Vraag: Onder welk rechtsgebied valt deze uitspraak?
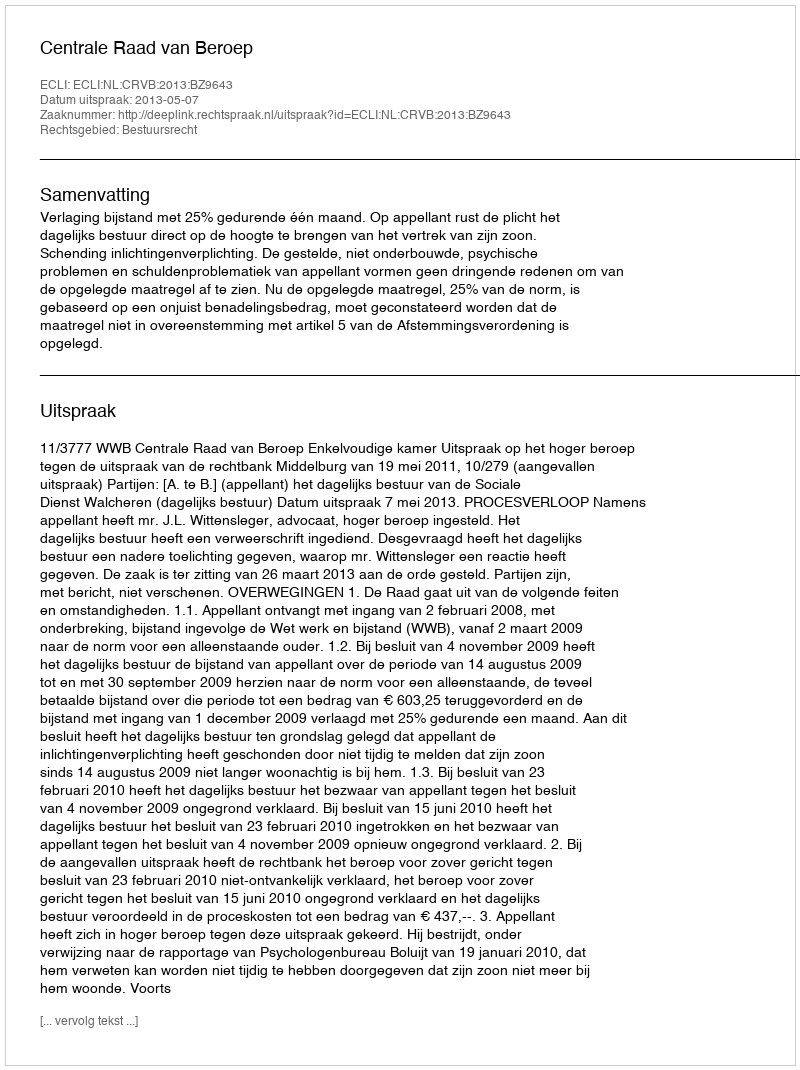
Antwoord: Bestuursrecht